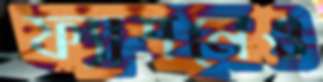
ফ্যাশনেও